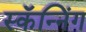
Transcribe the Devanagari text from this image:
स्कॅन्निंग